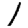
Digit: 1